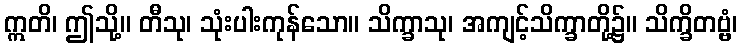
ဣတိ၊ ဤသို့။ တီသု၊ သုံးပါးကုန်သော။ သိက္ခာသု၊ အကျင့်သိက္ခာတို့၌။ သိက္ခိတဗ္ဗံ၊